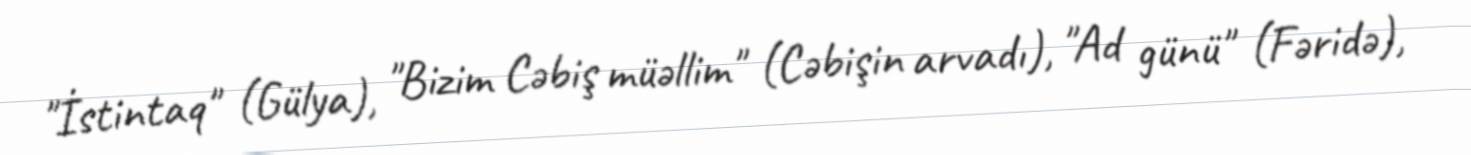
"İstintaq" (Gülya), "Bizim Cəbiş müəllim" (Cəbişin arvadı), "Ad günü" (Fəridə),